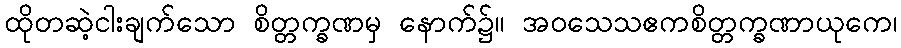
ထိုတဆဲ့ငါးချက်သော စိတ္တက္ခဏမှ နောက်၌။ အဝသေသဧကစိတ္တက္ခဏာယုကေ၊